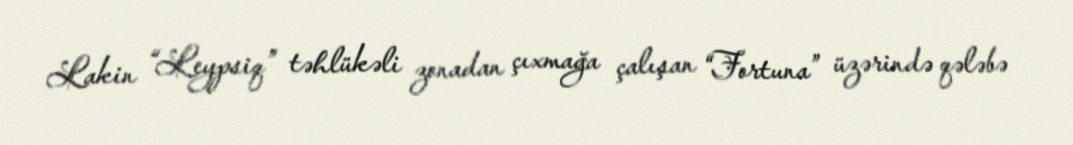
Lakin “Leypsiq” təhlükəli zonadan çıxmağa çalışan “Fortuna” üzərində qələbə